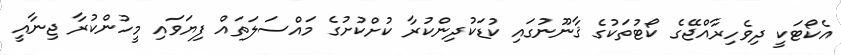
އެކޯޓަކީ ދިވެހިރާއްޖޭގެ ކޯޓުތަކުގެ ޤާނޫނުގައި ކުޑަކުދިންކުރާ ކުށްކުށުގެ މައްސަލަތައް ފިޔަވައި މީހުންކުރާ ޖިނާއީ